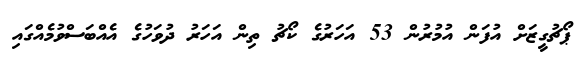
ޕޯޗުގީޒަށް އުފަން އުމުރުން 53 އަހަރުގެ ކޯޗު ތިން އަހަރު ދުވަހުގެ އެއްބަސްވުމެއްގައި